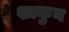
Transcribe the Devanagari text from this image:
शाकुन